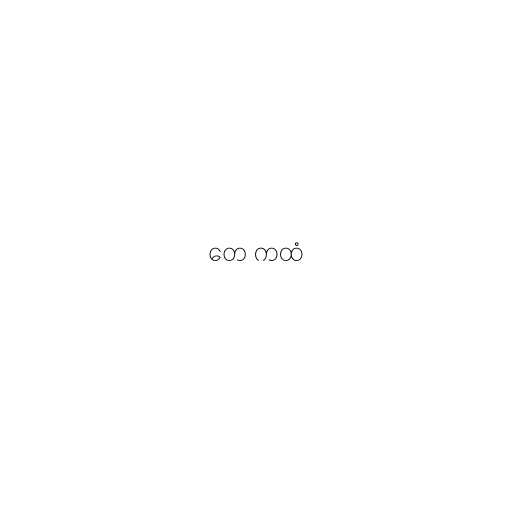
တေ ကထံ